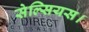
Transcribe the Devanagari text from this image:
सेल्सियस।